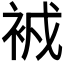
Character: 𧙠